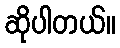
ဆိုပါတယ်။